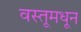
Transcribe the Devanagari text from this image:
वस्तूमधून